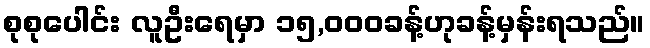
စုစုပေါင်း လူဦးရေမှာ ၁၅,၀၀၀ခန့်ဟုခန့်မှန်းရသည်။